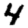
Digit: 4